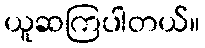
ယူဆကြပါတယ်။